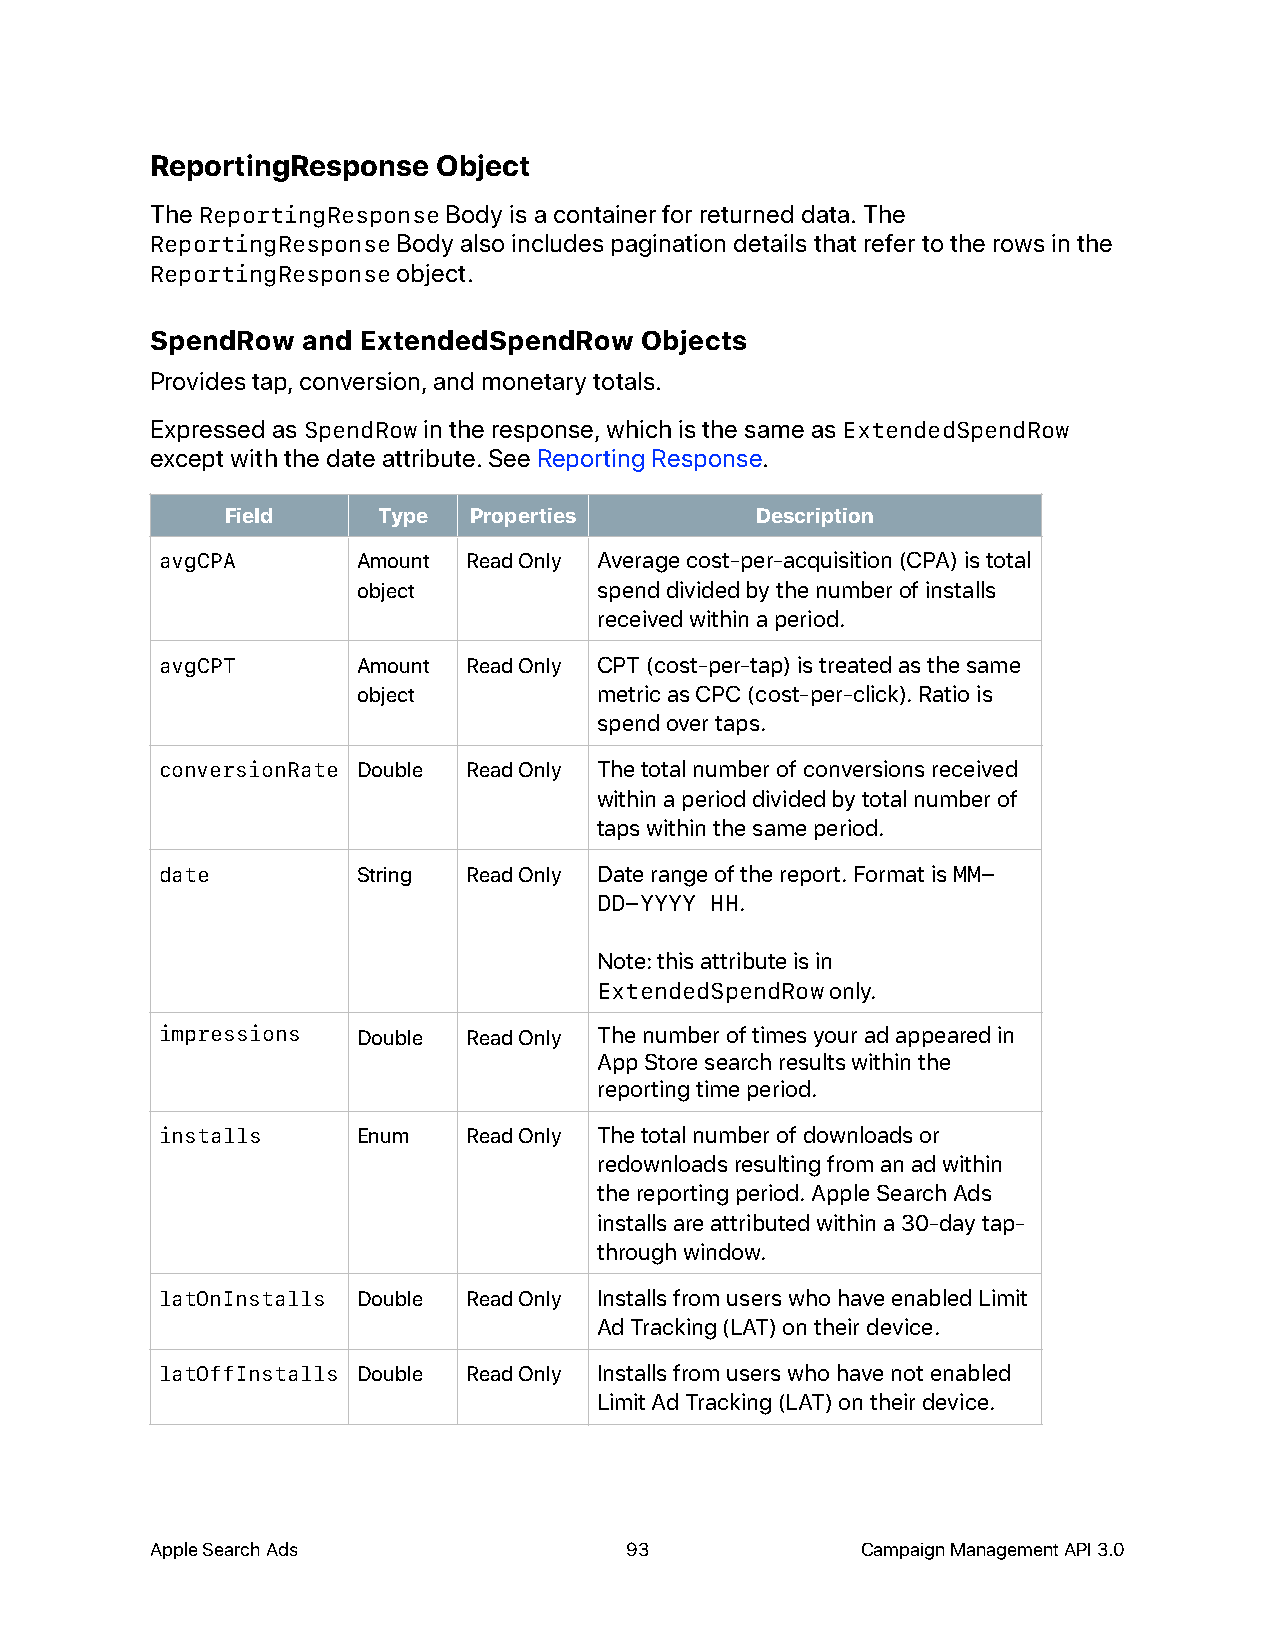
ReportingResponse  Object
 The ReportingResponse Body is a container for returned data. The
 ReportingResponse Body also includes pagination details that refer to the rows in the
 ReportingResponse object.
 SpendRow  and ExtendedSpendRow  Objects
 Provides tap, conversion, and monetary totals.
 Expressed as SpendRow in the response, which is the same as ExtendedSpendRow
 except with the date attribute. See Reporting Response.
 Field     Type  Properties         Description
 avgCPA       Amount Read Only Average cost-per-acquisition (CPA) is total
 object          spend divided by the number of installs
 received within a period.
 avgCPT       Amount Read Only CPT (cost-per-tap) is treated as the same
 object          metric as CPC (cost-per-click). Ratio is
 spend over taps.
 conversionRate Double Read Only The total number of conversions received
 within a period divided by total number of
 taps within the same period.
 date         String Read Only Date range of the report. Format is MM-
 DD-YYYY HH.
 Note: this attribute is in
 ExtendedSpendRow only.
 impressions  Double Read Only The number of times your ad appeared in
 App Store search results within the
 reporting time period.
 installs     Enum   Read Only The total number of downloads or
 redownloads resulting from an ad within
 the reporting period. Apple Search Ads
 installs are attributed within a 30-day tap-
 through window.
 latOnInstalls Double Read Only Installs from users who have enabled Limit
 Ad Tracking (LAT) on their device.
 latOffInstalls Double Read Only Installs from users who have not enabled
 Limit Ad Tracking (LAT) on their device.
 Apple Search Ads               93              Campaign Management API 3.0